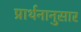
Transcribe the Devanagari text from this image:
प्रार्थनानुसार